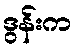
ဒွန်းက